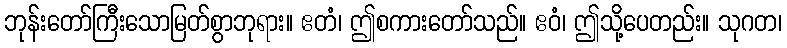
ဘုန်းတော်ကြီးသောမြတ်စွာဘုရား။ ဧတံ၊ ဤစကားတော်သည်။ ဧဝံ၊ ဤသို့ပေတည်း။ သုဂတ၊